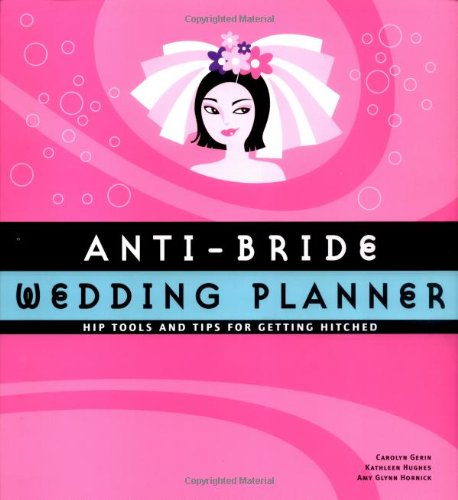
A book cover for Anti-Bride Wedding Planner: Hip Tools and Tips for Getting Hitched; Carolyn Gerin; Crafts, Hobbies & Home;